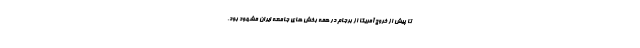
تا پیش از خروج آمریکا از برجام در همه بخش های جامعه ایران مشهود بود،